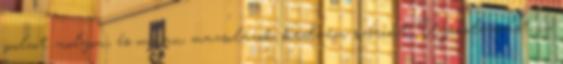
polcot molyon, és onnan mazsolázok kedvem szerint. Újraolvasást is